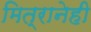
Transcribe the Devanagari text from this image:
मित्रानेही